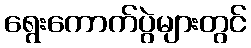
ရွေးကောက်ပွဲများတွင်